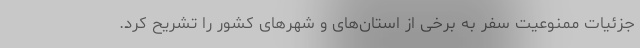
جزئیات ممنوعیت سفر به برخی از استان‌های و شهرهای کشور را تشریح کرد.